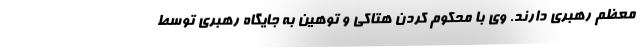
معظم رهبری دارند. وی با محکوم کردن هتاکی و توهین به جایگاه رهبری توسط